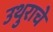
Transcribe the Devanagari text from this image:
उथुराचे